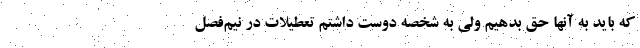
که باید به آنها حق بدهیم ولی به شخصه دوست داشتم تعطیلات در نیم‌فصل